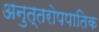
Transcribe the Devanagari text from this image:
अनुत्तरोपपातिक